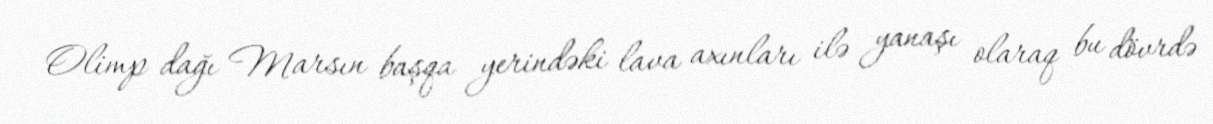
Olimp dağı Marsın başqa yerindəki lava axınları ilə yanaşı olaraq bu dövrdə